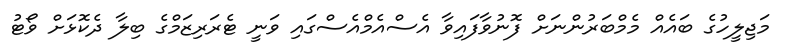
މަޖިލީހުގެ ބައެއް މެމްބަރުންނަށް ފޮނުވާފައިވާ އެސްއެމްއެސްގައި ވަނީ ޓެރަރިޒަމްގެ ބިލާ ދެކޮޅަށް ވޯޓު